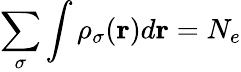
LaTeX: \sum_{\sigma}\int\rho_{\sigma}({\mathbf r})d{\mathbf r}=N_{e}